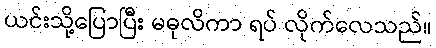
ယင်းသို့ပြောပြီး မဓုလိကာ ရပ် လိုက်လေသည်။